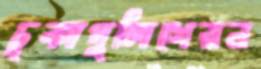
চুকাপুলিশেরন